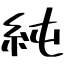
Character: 純